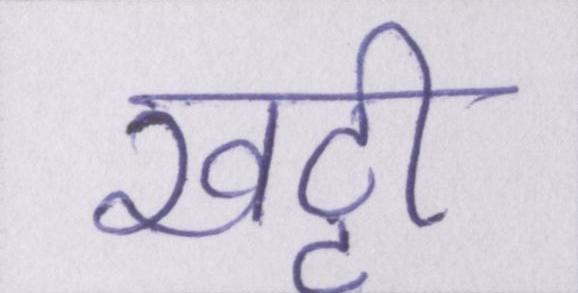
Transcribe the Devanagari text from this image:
खट्टी